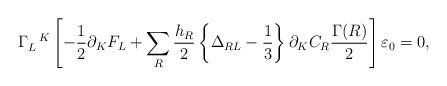
LaTeX: \begin{align*} \Gamma_L^{~~K} \left[ -\frac{1}{2}\partial_K F_L +\sum_R \frac{h_R}{2} \left\{\Delta_{RL}-\frac{1}{3}\right\} \partial_K C_R \frac{\Gamma(R)}{2} \right] \varepsilon_0=0,\end{align*}